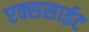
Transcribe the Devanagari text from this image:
एक्ससाईट